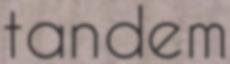
tandem